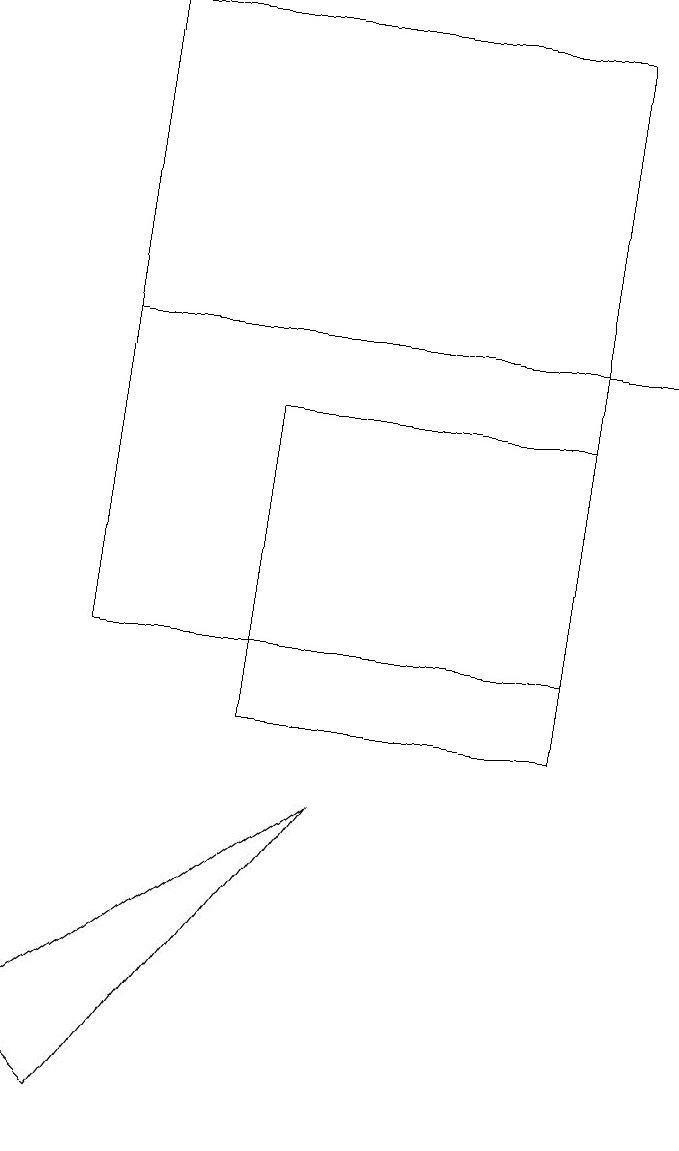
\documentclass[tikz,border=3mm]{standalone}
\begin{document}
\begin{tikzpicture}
\draw (8,11) rectangle (2,19);
\draw (5,9) -- (2,5) -- (1,6) -- cycle;
\draw (4,10) rectangle (8,14);
\draw (9,15) rectangle (2,15);
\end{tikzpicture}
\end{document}